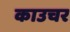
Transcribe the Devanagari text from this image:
काउचर